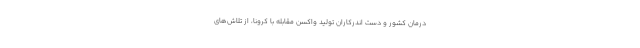
درمان کشور و دست اندرکاران تولید واکسن مقابله با کرونا، از تلاش‌های